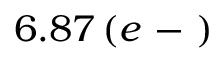
6 . 8 7 \, ( e \mathrm { ~ - ~ } )